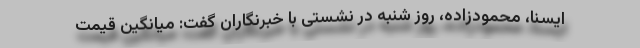
ایسنا، محمودزاده، روز شنبه در نشستی با خبرنگاران گفت: میانگین قیمت